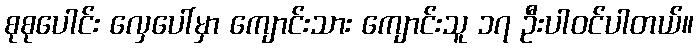
စုစုပေါင်း လှေပေါ်မှာ ကျောင်းသား ကျောင်းသူ ၁၇ ဦးပါဝင်ပါတယ်။